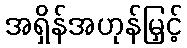
အရှိန်အဟုန်မြှင့်